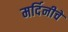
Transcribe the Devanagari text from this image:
मर्दिनीचे